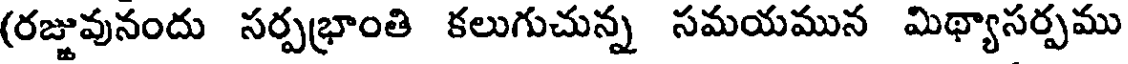
(రజ్జువునందు సర్పభ్రాంతి కలుగుచున్న సమయమున మిథ్యాసర్పము